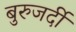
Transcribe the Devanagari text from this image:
बुरुजर्दी